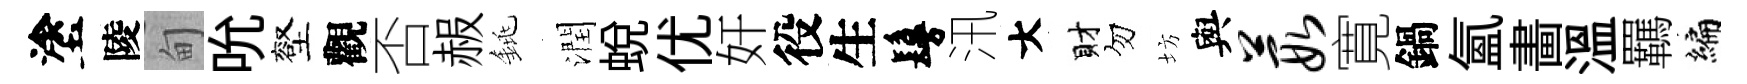
塗陵甸吮壑觀否赧銚潤蛻优奸役生鬘汛大財勿坊與葭寛鍋氳畵温羈编